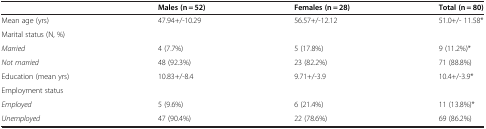
<table><thead><tr><td>[EMPTY_CELL]</td><td><b>Males (n = 52)</b></td><td><b>Females (n = 28)</b></td><td><b>Total (n = 80)</b></td></tr></thead><tbody><tr><td>Mean age (yrs)</td><td>47.94+/-10.29</td><td>56.57+/-12.12</td><td>51.0+/- 11.58*</td></tr><tr><td>Marital status (N, %)</td><td>[EMPTY_CELL]</td><td>[EMPTY_CELL]</td><td>[EMPTY_CELL]</td></tr><tr><td><i>Married</i></td><td>4 (7.7%)</td><td>5 (17.8%)</td><td>9 (11.2%)*</td></tr><tr><td><i>Not married</i></td><td>48 (92.3%)</td><td>23 (82.2%)</td><td>71 (88.8%)</td></tr><tr><td>Education (mean yrs)</td><td>10.83+/-8.4</td><td>9.71+/-3.9</td><td>10.4+/-3.9*</td></tr><tr><td>Employment status</td><td>[EMPTY_CELL]</td><td>[EMPTY_CELL]</td><td>[EMPTY_CELL]</td></tr><tr><td><i>Employed</i></td><td>5 (9.6%)</td><td>6 (21.4%)</td><td>11 (13.8%)*</td></tr><tr><td><i>Unemployed</i></td><td>47 (90.4%)</td><td>22 (78.6%)</td><td>69 (86.2%)</td></tr></tbody></table>